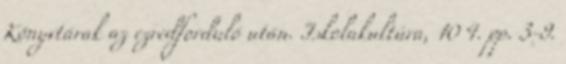
Könyvtárak az ezredforduló után. Iskolakultúra, 10 4. pp. 3-9.